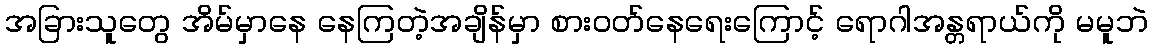
အခြားသူတွေ အိမ်မှာနေ နေကြတဲ့အချိန်မှာ စားဝတ်နေရေးကြောင့် ရောဂါအန္တရာယ်ကို မမူဘဲ